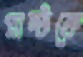
প্লান্টকে